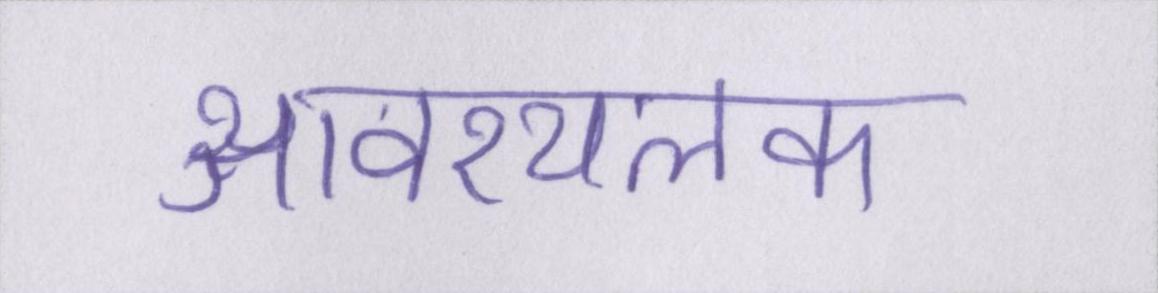
आवश्यलक